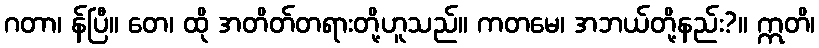
ဂတာ၊ န်ပြီ။ တေ၊ ထို အတိတ်တရားတို့ဟူသည်။ ကတမေ၊ အဘယ်တို့နည်း?။ ဣတိ၊